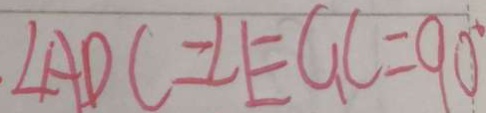
. \angle A D C = \angle E G C = 9 0 ^ { \circ }